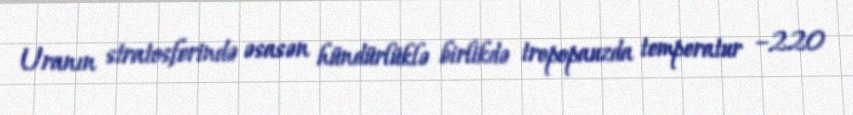
Uranın stratosferində əsasən hündürlüklə birlikdə tropopauzda temperatur −220